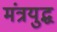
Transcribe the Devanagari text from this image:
मंत्रयुद्ध